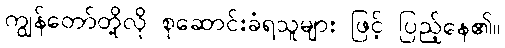
ကျွန်တော်တို့လို စုဆောင်းခံရသူများ ဖြင့် ပြည့်နေ၏။